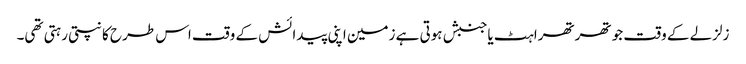
زلزلے کے وقت جو تھرتھراہٹ یاجنبش ہوتی ہے زمین اپنی پیدائش کے وقت اس طرح کانپتی رہتی تھی۔